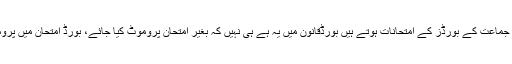
صوبائی وزیر نے مزید کہا تھا 9ویں سے 12ویں جماعت کے بورڈز کے امتحانات ہوتے ہیں بورڈقانون میں یہ ہے ہی نہیں کہ بغیر امتحان پروموٹ کیا جائے، بورڈ امتحان میں پروموٹ کرنے کیلئے قوانین میں ترمیم کرنا پڑے گی۔